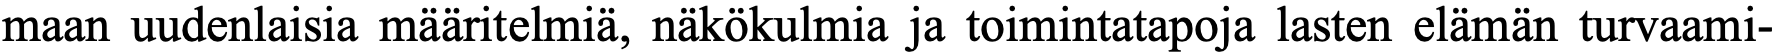
maan uudenlaisia määritelmiä, näkökulmia ja toimintatapoja lasten elämän turvaami-